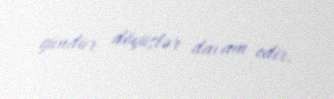
gündür döyüşlər davam edir.